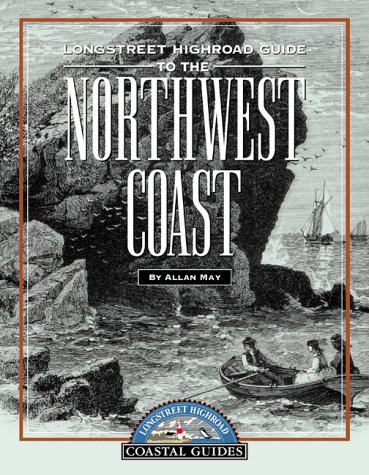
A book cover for Longstreet Highroad Guide to the Northwest Coast (Longstreet Highroad Coastal Guides); Allan May; Travel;